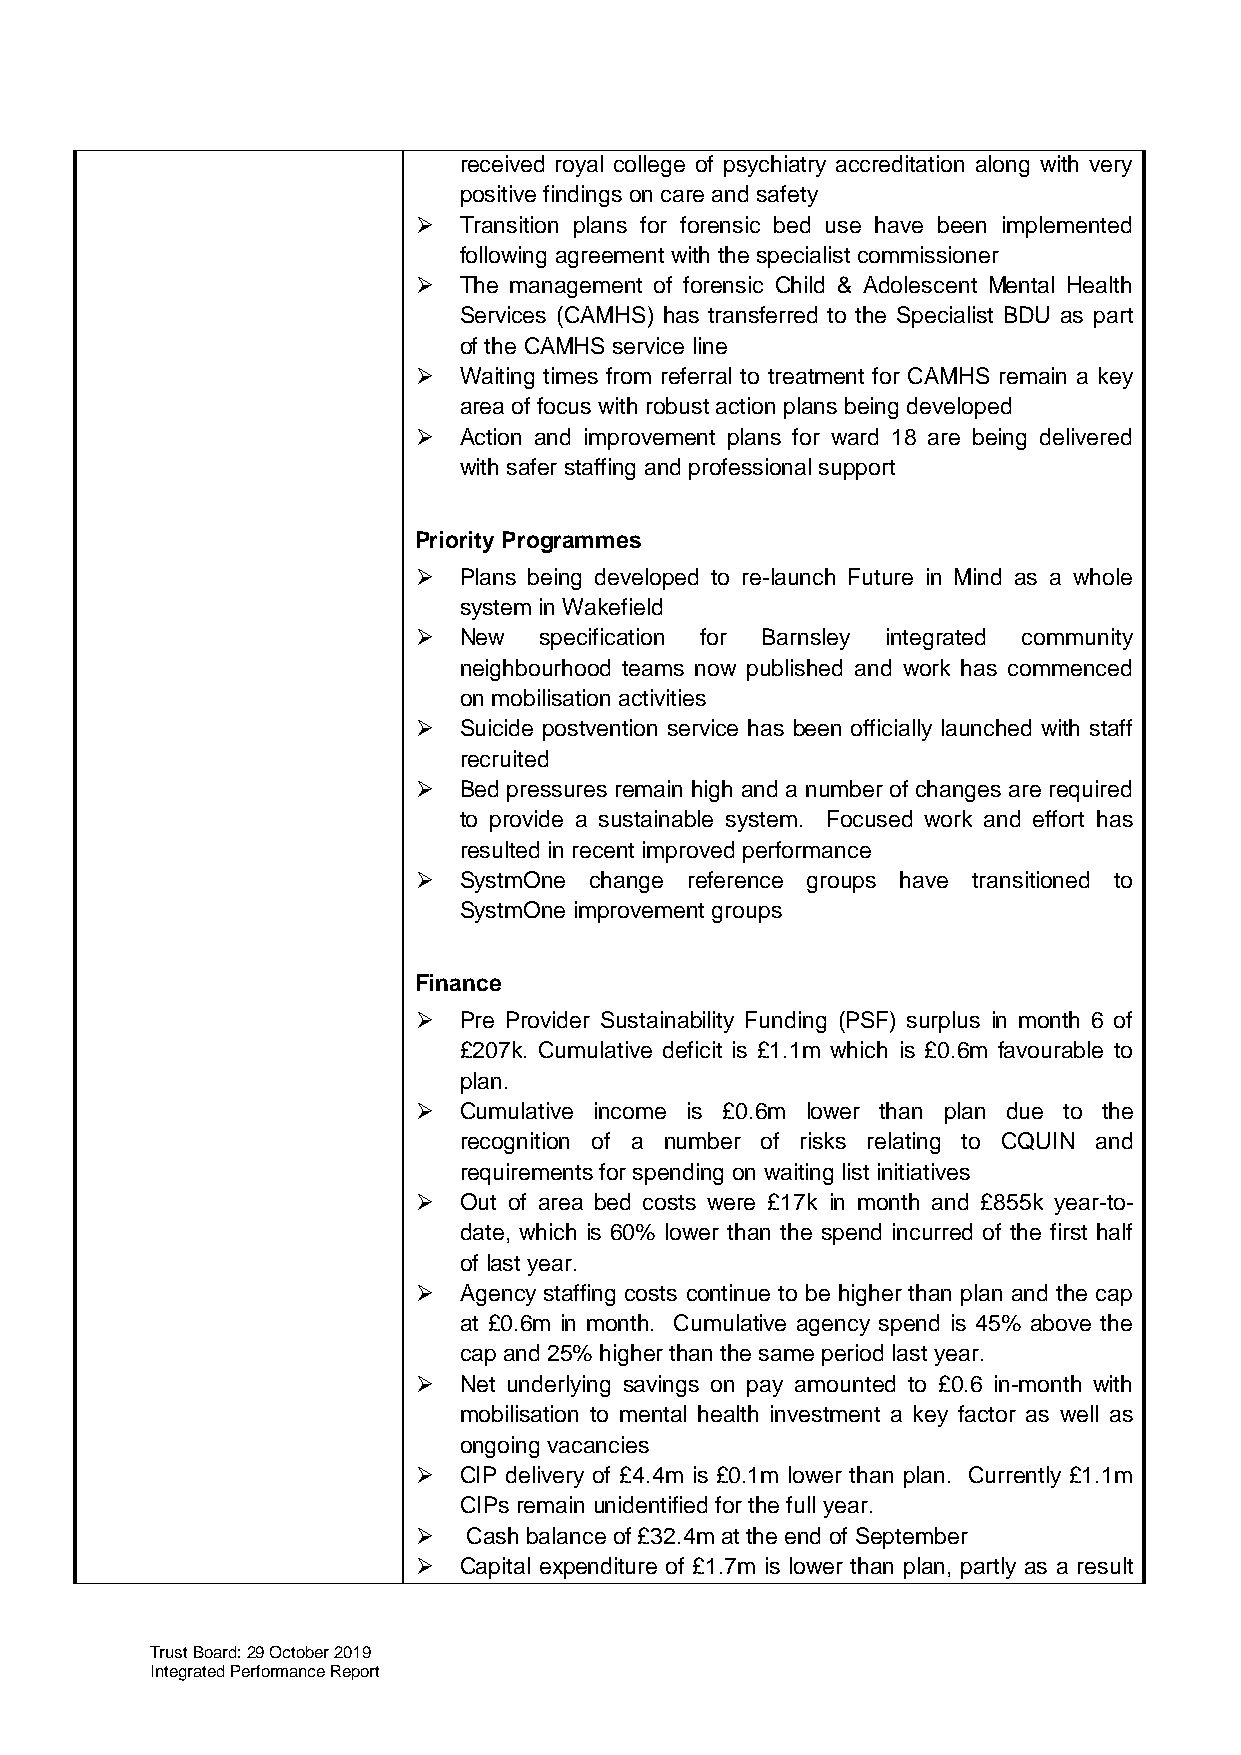
received royal college of psychiatry accreditation along with very
 positive findings on care and safety
  Transition plans for forensic bed use have been implemented
 following agreement with the specialist commissioner
  The management of forensic Child & Adolescent Mental Health
 Services (CAMHS) has transferred to the Specialist BDU as part
 of the CAMHS service line
  Waiting times from referral to treatment for CAMHS remain a key
 area of focus with robust action plans being developed
  Action and improvement plans for ward 18 are being delivered
 with safer staffing and professional support
 Priority Programmes
  Plans being developed to re-launch Future in Mind as a whole
 system in Wakefield
  New   specification for Barnsley integrated community
 neighbourhood teams now published and work has commenced
 on mobilisation activities
  Suicide postvention service has been officially launched with staff
 recruited
  Bed pressures remain high and a number of changes are required
 to provide a sustainable system. Focused work and effort has
 resulted in recent improved performance
  SystmOne change reference groups have transitioned to
 SystmOne improvement groups
 Finance
  Pre Provider Sustainability Funding (PSF) surplus in month 6 of
 £207k. Cumulative deficit is £1.1m which is £0.6m favourable to
 plan.
  Cumulative income is £0.6m lower than plan due to the
 recognition of a number of risks relating to CQUIN and
 requirements for spending on waiting list initiatives
  Out of area bed costs were £17k in month and £855k year-to-
 date, which is 60% lower than the spend incurred of the first half
 of last year.
  Agency staffing costs continue to be higher than plan and the cap
 at £0.6m in month. Cumulative agency spend is 45% above the
 cap and 25% higher than the same period last year.
  Net underlying savings on pay amounted to £0.6 in-month with
 mobilisation to mental health investment a key factor as well as
 ongoing vacancies
  CIP delivery of £4.4m is £0.1m lower than plan. Currently £1.1m
 CIPs remain unidentified for the full year.
   Cash balance of £32.4m at the end of September
  Capital expenditure of £1.7m is lower than plan, partly as a result
 Trust Board: 29 October 2019
 Integrated Performance Report